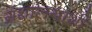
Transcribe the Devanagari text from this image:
ग्रंथालयाशी